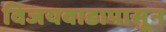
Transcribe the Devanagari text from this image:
विजयवाडापासून